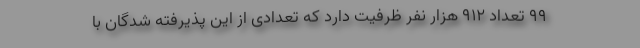
۹۹ تعداد ۹۱۲ هزار نفر ظرفیت دارد که تعدادی از این پذیرفته شدگان با